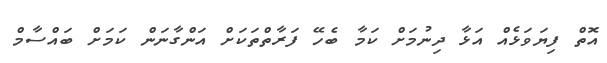
އޮތް ފިޔަވަޅެއް އަޅާ ދިނުމަށް ކަމާ ބެހޭ ފަރާތްތަކަށް އަންގާނަން ކަމަށް ބައްސާމް